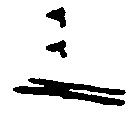
三